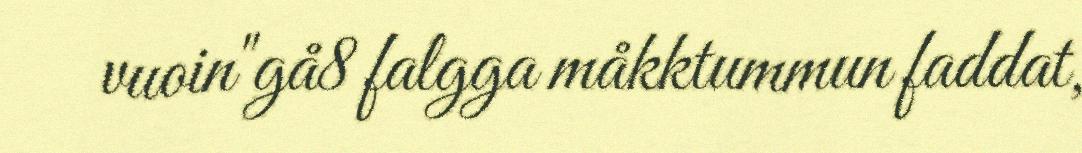
vuoin"gå8 falgga måkktummun faddat,